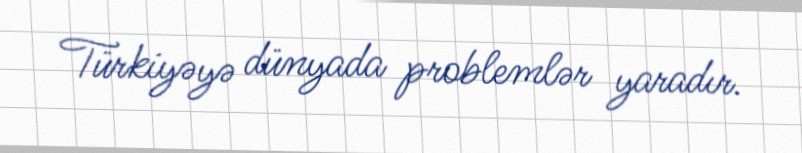
Türkiyəyə dünyada problemlər yaradır.